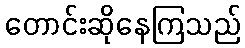
တောင်းဆိုနေကြသည်